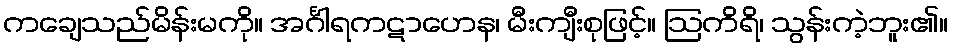
ကချေသည်မိန်းမကို။ အင်္ဂါရကဋာဟေန၊ မီးကျီးစုဖြင့်။ ဩကိရိ၊ သွန်းကဲ့ဘူး၏။